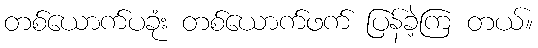
တစ်ယောက်ပခုံး တစ်ယောက်ဖက် ပြန်ခဲ့ကြ တယ်။